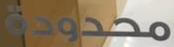
محدودة